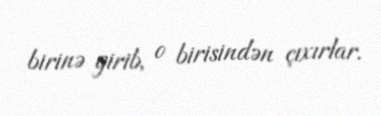
birinə girib, o birisindən çıxırlar.